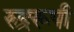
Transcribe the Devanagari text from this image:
रुद्ररूपी